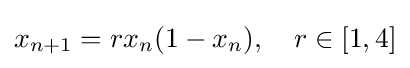
x_{n+1}=rx_{n}(1-x_{n}),\quad r\in [1,4]